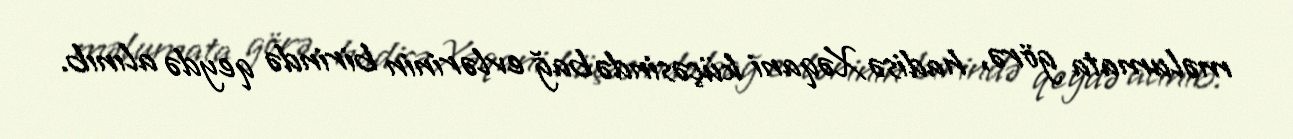
məlumata görə, hadisə Xəqani küçəsində bağ evlərinin birində qeydə alınıb.